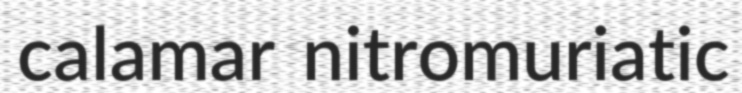
calamar nitromuriatic